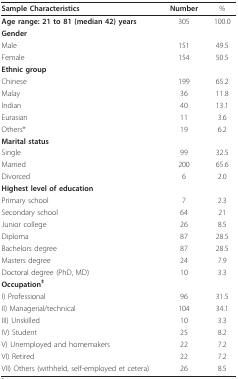
<table><thead><tr><td><b>Sample Characteristics</b></td><td><b>Number</b></td><td><b>%</b></td></tr></thead><tbody><tr><td><b>Age range: 21 to 81 (median 42) years</b></td><td>305</td><td>100.0</td></tr><tr><td><b>Gender</b></td><td></td><td></td></tr><tr><td>Male</td><td>151</td><td>49.5</td></tr><tr><td>Female</td><td>154</td><td>50.5</td></tr><tr><td><b>Ethnic group</b></td><td></td><td></td></tr><tr><td>Chinese</td><td>199</td><td>65.2</td></tr><tr><td>Malay</td><td>36</td><td>11.8</td></tr><tr><td>Indian</td><td>40</td><td>13.1</td></tr><tr><td>Eurasian</td><td>11</td><td>3.6</td></tr><tr><td>Others*</td><td>19</td><td>6.2</td></tr><tr><td><b>Marital status</b></td><td></td><td></td></tr><tr><td>Single</td><td>99</td><td>32.5</td></tr><tr><td>Married</td><td>200</td><td>65.6</td></tr><tr><td>Divorced</td><td>6</td><td>2.0</td></tr><tr><td><b>Highest level of education</b></td><td></td><td></td></tr><tr><td>Primary school</td><td>7</td><td>2.3</td></tr><tr><td>Secondary school</td><td>64</td><td>21</td></tr><tr><td>Junior college</td><td>26</td><td>8.5</td></tr><tr><td>Diploma</td><td>87</td><td>28.5</td></tr><tr><td>Bachelors degree</td><td>87</td><td>28.5</td></tr><tr><td>Masters degree</td><td>24</td><td>7.9</td></tr><tr><td>Doctoral degree (PhD, MD)</td><td>10</td><td>3.3</td></tr><tr><td><b>Occupation<sup>‡</sup></b></td><td></td><td></td></tr><tr><td>I) Professional</td><td>96</td><td>31.5</td></tr><tr><td>II) Managerial/technical</td><td>104</td><td>34.1</td></tr><tr><td>III) Unskilled</td><td>10</td><td>3.3</td></tr><tr><td>IV) Student</td><td>25</td><td>8.2</td></tr><tr><td>V) Unemployed and homemakers</td><td>22</td><td>7.2</td></tr><tr><td>VI) Retired</td><td>22</td><td>7.2</td></tr><tr><td>VII) Others (withheld, self-employed et cetera)</td><td>26</td><td>8.5</td></tr></tbody></table>